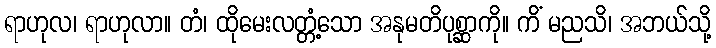
ရာဟုလ၊ ရာဟုလာ။ တံ၊ ထိုမေးလတ္တံ့သော အနုမတိပုစ္ဆာကို။ ကိံ မညသိ၊ အဘယ်သို့